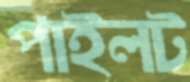
পাইলট